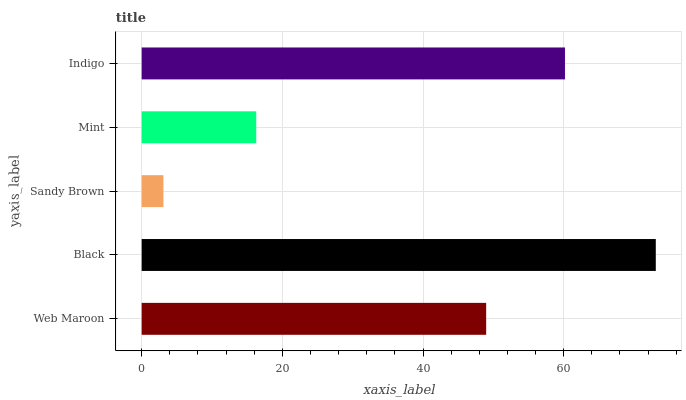
| yaxis_label | bars |
 | --- | --- |
 | Web Maroon | 49 |
 | Black | 73.1 |
 | Sandy Brown | 3.09 |
 | Mint | 16.3 |
 | Indigo | 60.2 |